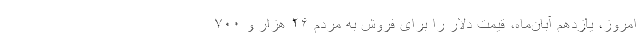
امروز، یازدهم آبان‌ماه، قیمت دلار را برای فروش به مردم ۲۶ هزار و ۷۰۰